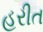
હરીત